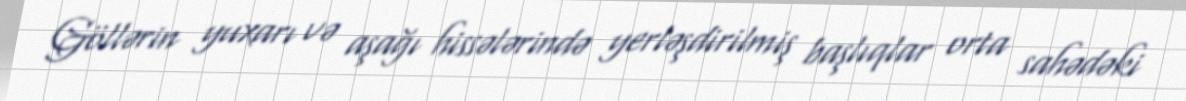
Göllərin yuxarı və aşağı hissələrində yerləşdirilmiş başlıqlar orta sahədəki